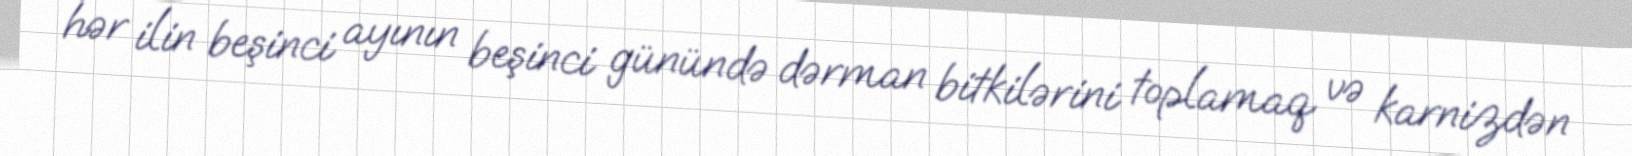
hər ilin beşinci ayının beşinci günündə dərman bitkilərini toplamaq və karnizdən